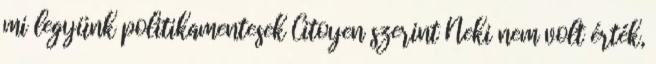
mi legyünk politikamentesek Citoyen szerint Neki nem volt érték,